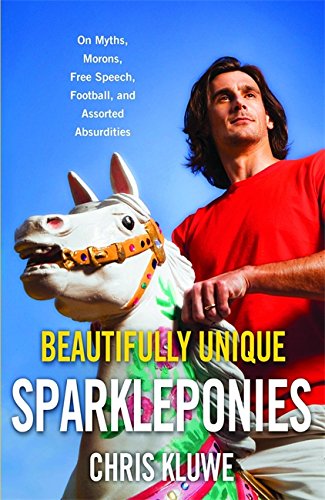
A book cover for Beautifully Unique Sparkleponies: On Myths, Morons, Free Speech, Football, and Assorted Absurdities; Chris Kluwe; Humor & Entertainment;